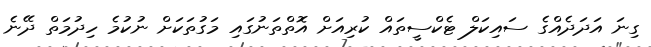
ގިނަ އަދަދެއްގެ ސައިކަލް ޓެކްސީތައް ކުރިއަށް އޮތްތަނުގައި މަގުތަކަށް ނުކުމެ ހިދުމަތް ދޭނެ